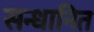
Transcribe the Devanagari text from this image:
सन्धानित